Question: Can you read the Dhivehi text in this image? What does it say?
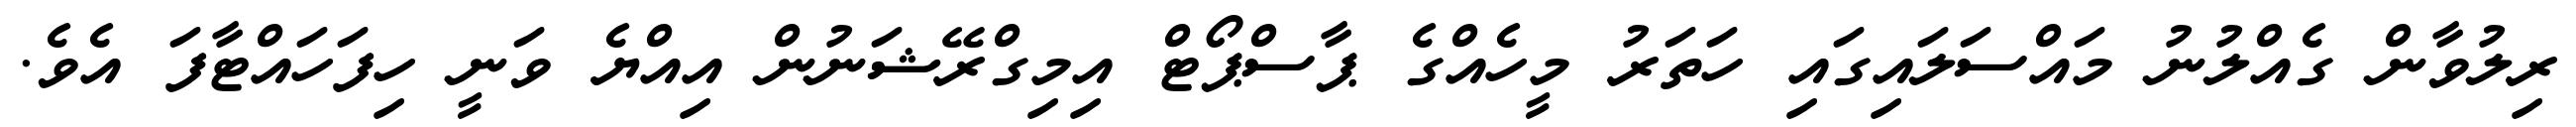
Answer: ރިލުވާން ގެއްލުނު މައްސަލައިގައި ހަތަރު މީހެއްގެ ޕާސްޕޯޓް އިމިގްރޭޝަނުން އިއްޔެ ވަނީ ހިފަހައްޓާފަ އެވެ.